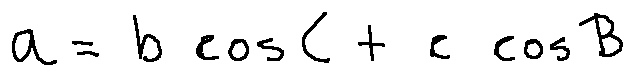
a = b \cos C + c \cos B